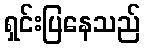
ရှင်းပြနေသည်